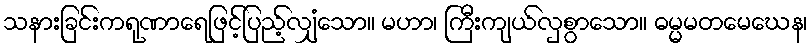
သနားခြင်းကရုဏာရေဖြင့်ပြည့်လျှံသော။ မဟာ၊ ကြီးကျယ်လှစွာသော။ ဓမ္မမတမေဃေန၊